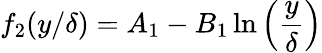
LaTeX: f_{2}(y/\delta)=A_{1}-B_{1}\ln\left(\frac{y}{\delta}\right)